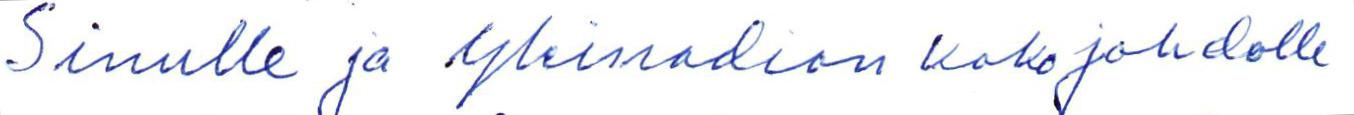
Sinulle ja yleisradion koko johdolle